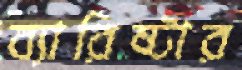
ব্যারিষ্টার